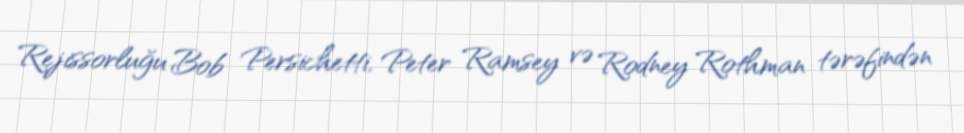
Rejissorluğu Bob Persichetti, Peter Ramsey və Rodney Rothman tərəfindən